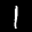
Label: 1